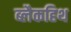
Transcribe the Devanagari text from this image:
ब्लैकहिथ